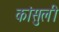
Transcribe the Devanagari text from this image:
कांसुली